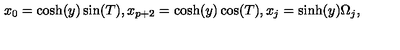
x _ { 0 } = \cosh ( y ) \sin ( T ) , x _ { p + 2 } = \cosh ( y ) \cos ( T ) , x _ { j } = \sinh ( y ) \Omega _ { j } ,